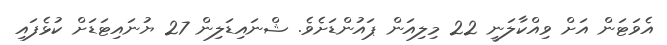
އެވަޓަން އަށް ވިއްކާލަނީ 22 މިލިއަން ޕައުންޑަށެވެ. ޝްނައިޑަލިން 27 ޔުނައިޓަޑަށް ކުޅެފައި